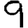
Digit: 9